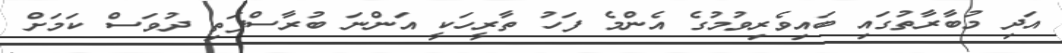
އަދި މުބާރާތުގައި ބައިވެރިވުމުގެ އެންމެ ފަހު ތާރީހަކީ އަންނަ ބުރާސްފަތި ދުވަސް ކަމަށް